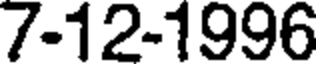
7-12-1996